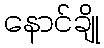
နောင်ချို